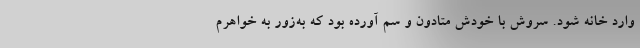
وارد خانه شود. سروش با خودش متادون و سم آورده بود که به‌زور به خواهرم